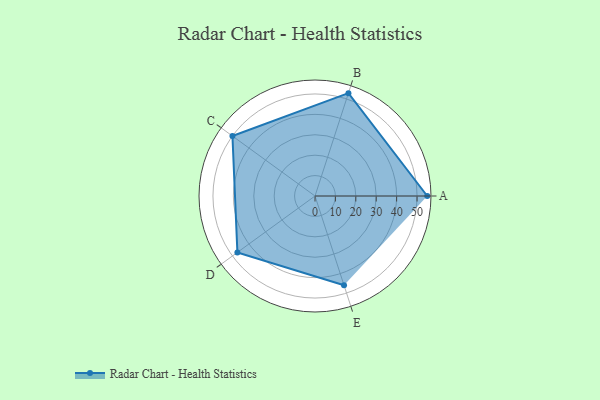
{"axis": {"x": "Skill", "y": "Score"}, "legend": ["Profile"], "data": [{"x": "A", "y": 55.0, "type": "Profile"}, {"x": "B", "y": 53.0, "type": "Profile"}, {"x": "C", "y": 50.0, "type": "Profile"}, {"x": "D", "y": 47.0, "type": "Profile"}, {"x": "E", "y": 46.0, "type": "Profile"}]}